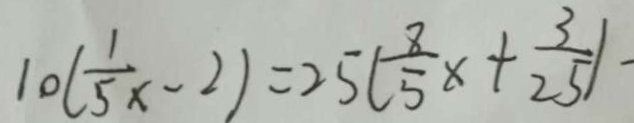
1 0 ( \frac { 1 } { 5 x } - 2 ) = 2 5 ( \frac { 8 } { 5 } x + \frac { 3 } { 2 5 } )